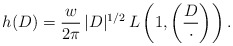
\begin{align*}h(D)=\frac{w}{2\pi}\,|D|^{1/2}\,L\left(1,\left(\frac{D}{\cdot}\right)\right).\end{align*}